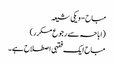
مباح - ویکی شیعہ
(اباحہ سے رجوع مکرر)
مباح ایک فقہی اصطلاح ہے ۔